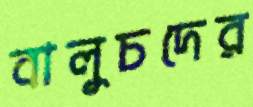
বালুচদের